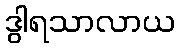
ဒွါရသာလာယ